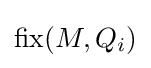
\operatorname {fix} (M,Q_{i})